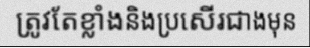
ត្រូវតែខ្លាំងនិងប្រសើរជាងមុន